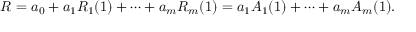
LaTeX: R = a _ { 0 } + a _ { 1 } R _ { 1 } ( 1 ) + \cdots + a _ { m } R _ { m } ( 1 ) = a _ { 1 } A _ { 1 } ( 1 ) + \cdots + a _ { m } A _ { m } ( 1 ) .